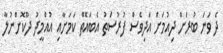
ދެ ވަނަ ބުރަށް ދިއުމަށް އަދިވެސް ފުރުސަތު އެބައޮތް ކަމަށާއި އުއްމީދު ދޫކޮށްނުލާ